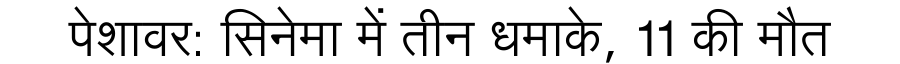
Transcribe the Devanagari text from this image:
पेशावर: सिनेमा में तीन धमाके, 11 की मौत